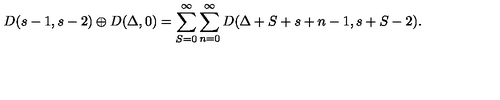
D ( s - 1 , s - 2 ) \oplus D ( \Delta , 0 ) = \sum _ { S = 0 } ^ { \infty } \sum _ { n = 0 } ^ { \infty } D ( \Delta + S + s + n - 1 , s + S - 2 ) .